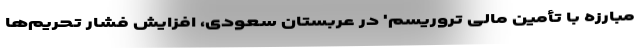
مبارزه با تأمین مالی تروریسم' در عربستان سعودی، افزایش فشار تحریم‌ها